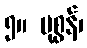
၅။ ပုစွန်၊